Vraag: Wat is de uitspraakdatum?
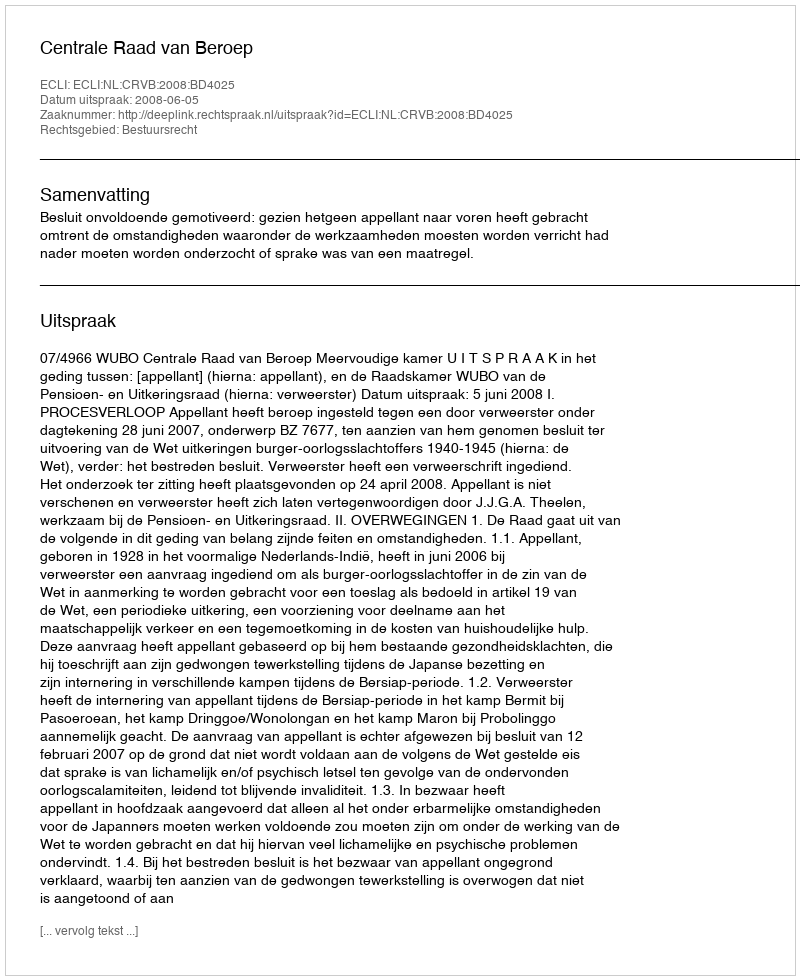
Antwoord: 2008-06-05